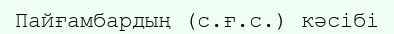
Пайғамбардың (с.ғ.с.) кәсібі